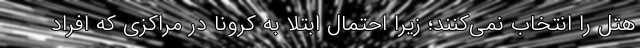
هتل‌ را انتخاب نمی‌کنند؛ زیرا احتمال ابتلا به کرونا در مراکزی که افراد